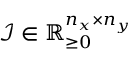
\mathcal { I } \in \mathbb { R } _ { \ge 0 } ^ { n _ { x } \times n _ { y } }